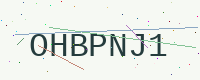
Text: OHBPNJ1